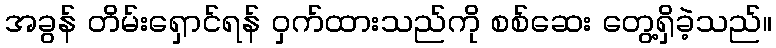
အခွန် တိမ်းရှောင်ရန် ဝှက်ထားသည်ကို စစ်ဆေး တွေ့ရှိခဲ့သည်။